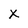
Character: x